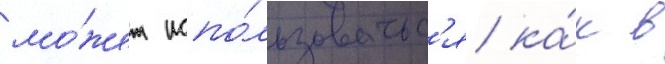
мо́жет испо́льзоватьс'я ка́к в